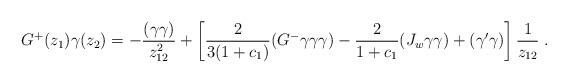
LaTeX: \begin{align*}G^{+}(z_1)\gamma(z_2)=-\frac{(\gamma\gamma )}{z_{12}^2}+ \left[ \frac{2}{3(1+c_1)}(G^{-}\gamma\gamma\gamma )- \frac{2}{1+c_1}(J_w\gamma\gamma )+ (\gamma'\gamma )\right] \frac{1}{z_{12}} \; .\end{align*}